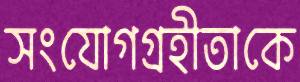
সংযোগগ্রহীতাকে